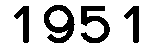
1951